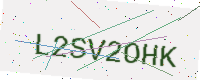
Text: L2SV2OHK